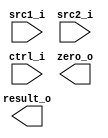
module ALU(
    src1_i,
	src2_i,
	ctrl_i,
	result_o,
	zero_o
	);

//I/O ports
input  [32-1:0]  src1_i;
input  [32-1:0]	 src2_i;
input  [4-1:0]   ctrl_i;

output [32-1:0]	 result_o;
output           zero_o;

//Internal signals
reg    [32-1:0]  result_o;
wire             zero_o;

//Parameter

//Main function

endmodule